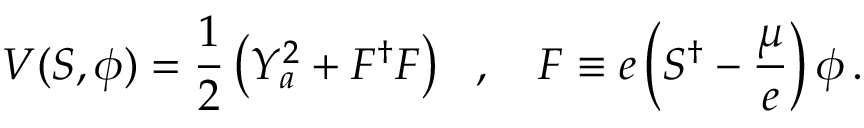
V ( S , \phi ) = \frac { 1 } { 2 } \left( Y _ { a } ^ { 2 } + F ^ { \dagger } F \right) \, \, \, \, , \, \, \, \, \, \, F \equiv e \left( S ^ { \dagger } - \frac { \mu } { e } \right) \phi \, .